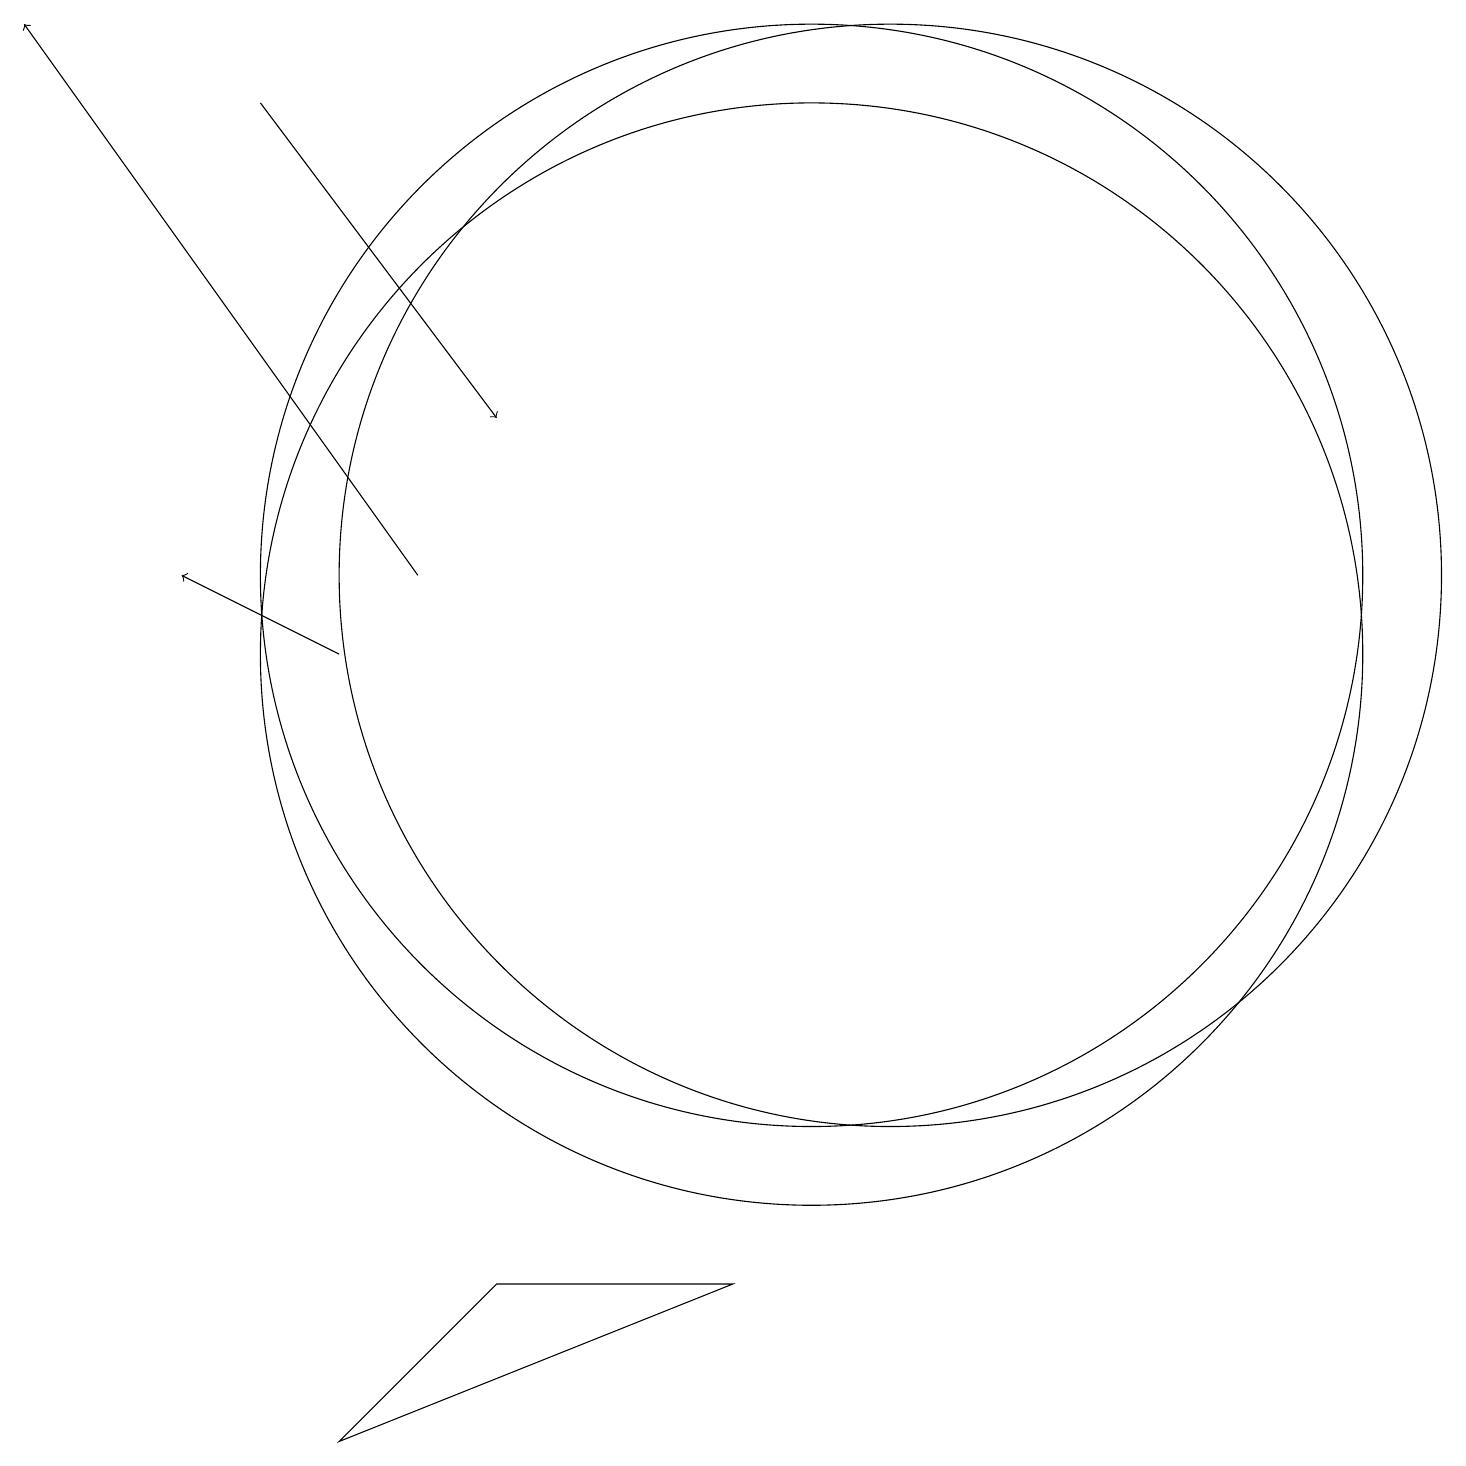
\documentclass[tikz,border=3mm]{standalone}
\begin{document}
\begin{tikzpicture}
\draw (6,2) -- (9,2) -- (4,0) -- cycle;
\draw[->] (3,17) -- (6,13);
\draw (11,10) circle (0);
\draw[->] (4,10) -- (2,11);
\draw (10,10) circle (7);
\draw (10,11) circle (7);
\draw[->] (5,11) -- (0,18);
\draw (11,11) circle (7);
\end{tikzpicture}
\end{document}